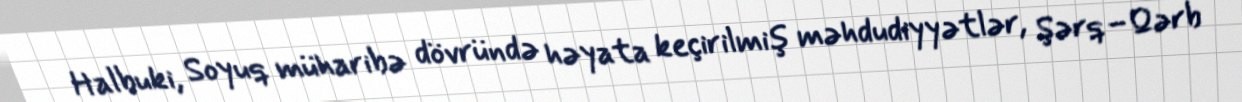
Halbuki, Soyuq müharibə dövründə həyata keçirilmiş məhdudiyyətlər, Şərq–Qərb